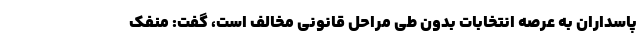
پاسداران به عرصه انتخابات بدون طی مراحل قانونی مخالف است، گفت: منفک